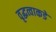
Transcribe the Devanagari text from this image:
वृद्धत्वाकडे